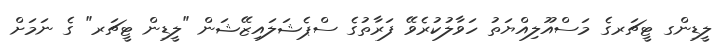
ލީޑިންގ ޓީޗަރގެ މަސްއޫލިއްޔަތު ހަވާލުކުރެވޭ ފަރާތުގެ ސްޕެޝަލައިޒޭޝަން "ލީޑިން ޓީޗަރ" ގެ ނަމަށް